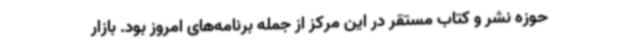
حوزه نشر و کتاب مستقر در این مرکز از جمله برنامه‌های امروز بود. بازار